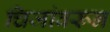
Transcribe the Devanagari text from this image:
चिजांवरून